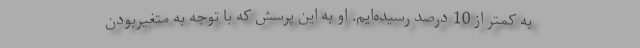
به كمتر از 10 درصد رسیده‌ایم. ‌او به این پرسش كه با توجه به متغیر‌بودن